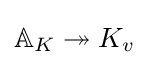
\mathbb {A} _{K}\twoheadrightarrow K_{v}